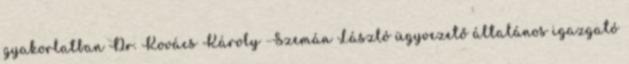
gyakorlatban Dr. Kovács Károly –Szemán László ügyvezető általános igazgató